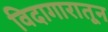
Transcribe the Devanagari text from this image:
विदागारातून